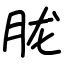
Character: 胧